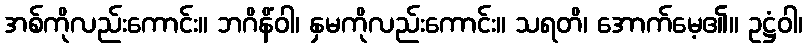
အစ်ကိုလည်းကောင်း။ ဘဂိနိံဝါ၊ နှမကိုလည်းကောင်း။ သရတိ၊ အောက်မေ့၏။ ဥဋ္ဌံဝါ၊